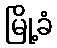
မြို့ခံ